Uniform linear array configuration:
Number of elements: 8
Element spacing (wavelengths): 0.5
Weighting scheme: uniform
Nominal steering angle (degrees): -30
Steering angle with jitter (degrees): -31.727
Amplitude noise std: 0.05
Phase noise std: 0.05

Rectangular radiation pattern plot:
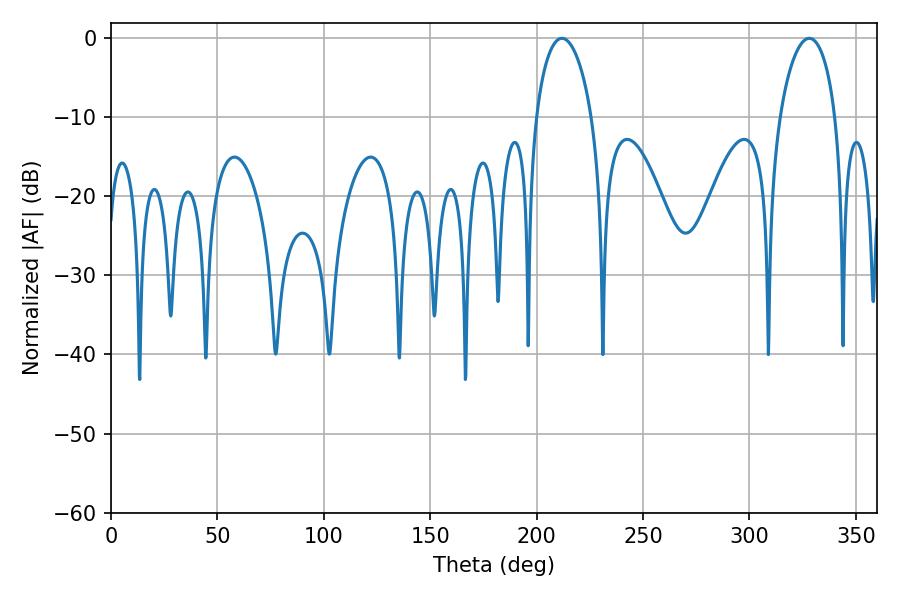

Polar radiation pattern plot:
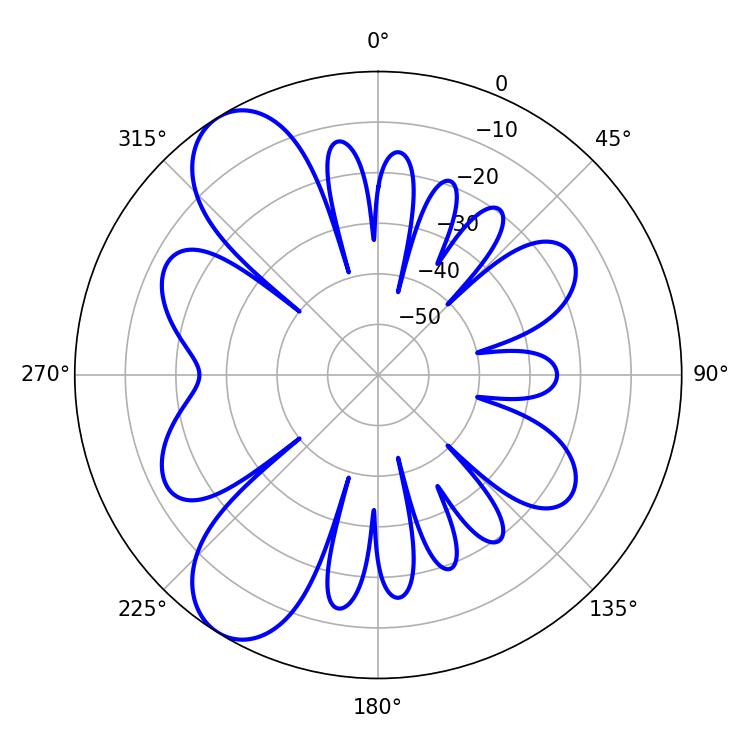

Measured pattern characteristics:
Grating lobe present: FALSE
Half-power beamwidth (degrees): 15.12
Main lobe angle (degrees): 211.86